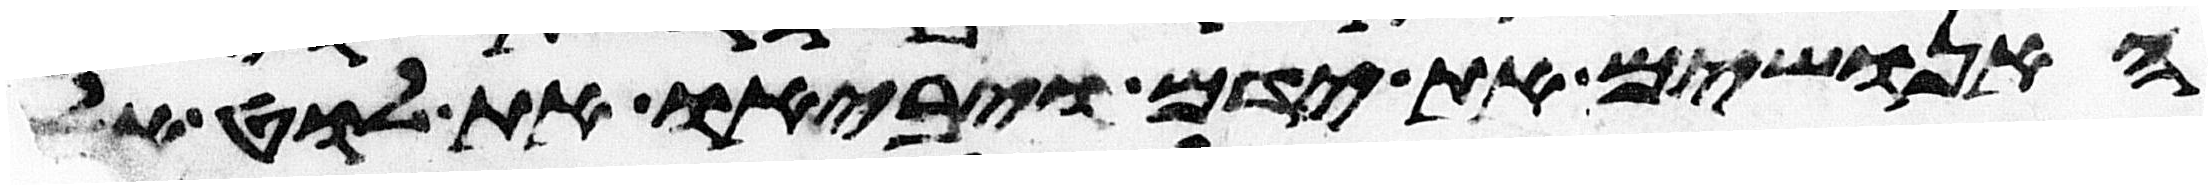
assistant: האנושים את ידם ויביאו את לוט אליהם